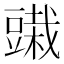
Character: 𰶞